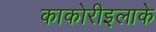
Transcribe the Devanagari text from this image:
काकोरीइलाके